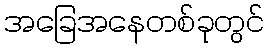
အခြေအနေတစ်ခုတွင်